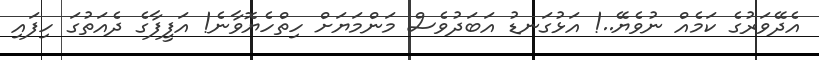
އެދޭވަރުގެ ކަމެއް ނުވެޔޭ..! އަޅުގަނޑު އަބަދުވެސް މަންމަޔަށް ހިތްހެޔޮވާނެ! އަފީފާގެ ދެއަތުގަ ހިފައި